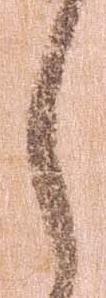
々